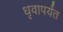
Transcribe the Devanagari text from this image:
धृवापर्यंत